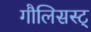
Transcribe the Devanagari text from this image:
गौलिसस्ट्